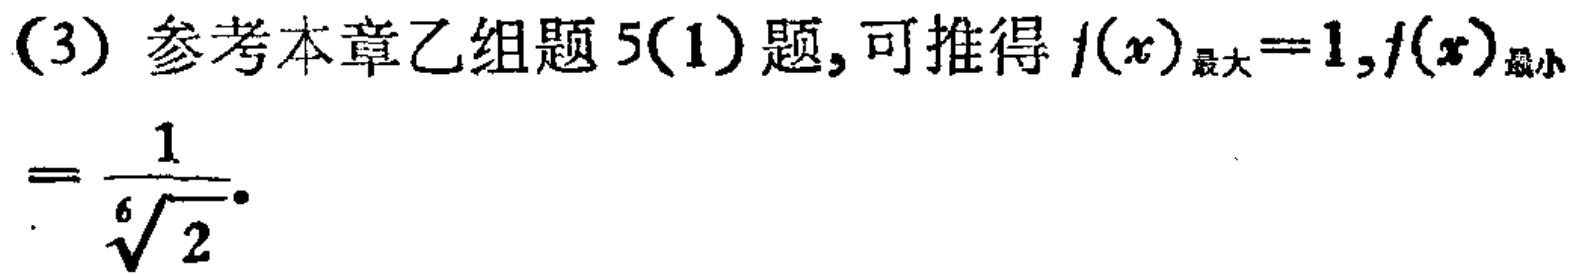
(3) 参考本章乙组题 5(1) 题, 可推得 \(f(x)_{\text{最大}} = 1,f(x)_{\text{最小}}=\frac{1}{\sqrt[6]{2}}\).